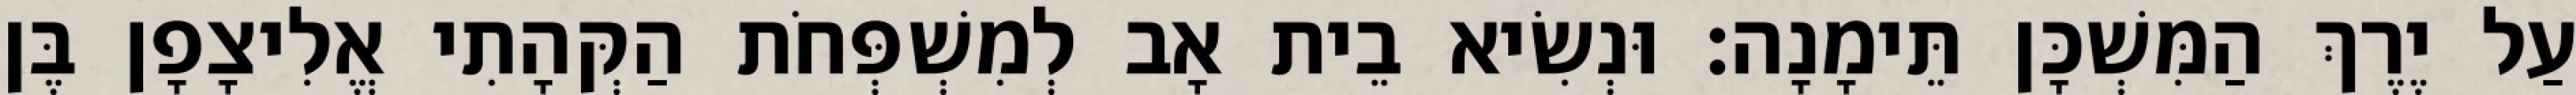
עַל יֶרֶךְ הַמִּשְׁכָּן תֵּימָנָה׃ וּנְשִׂיא בֵית אָב לְמִשְׁפְּחֹת הַקְּהָתִי אֱלִיצָפָן בֶּן